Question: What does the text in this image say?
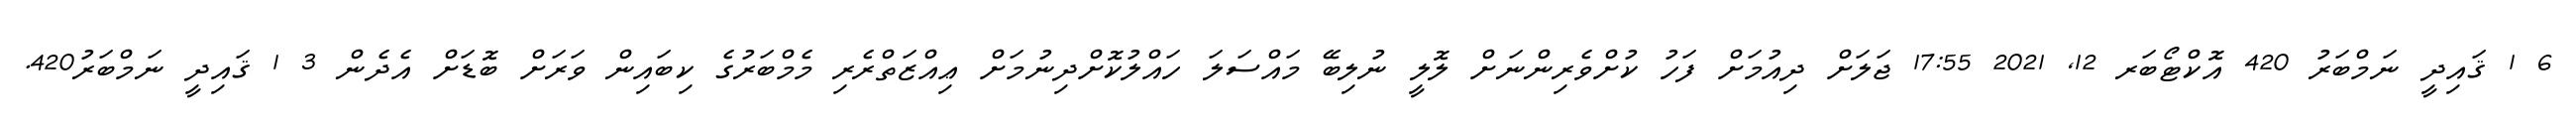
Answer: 6 1 ޤައިދީ ނަމްބަރު 420 އޮކްޓޯބަރ 12, 2021 17:55 ޖަލަށް ދިއުމަށް ފަހު ކުށްވެރިންނަށް ލޮލީ ނުލިބޭ މައްސަލަ ހައްލުކޮށްދިނުމަށް ޢިއްޒަތްރެރި މެމްބަރުގެ ކިބައިން ވަރަށް ބޮޑަށް އެދެން 3 1 ޤައިދީ ނަމްބަރު420.